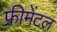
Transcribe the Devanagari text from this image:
फ्रीमेंटल